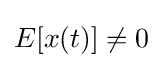
E[x(t)]\neq 0